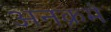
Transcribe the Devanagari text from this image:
अनक्रमे